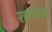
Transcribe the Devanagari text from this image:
रहलाह।